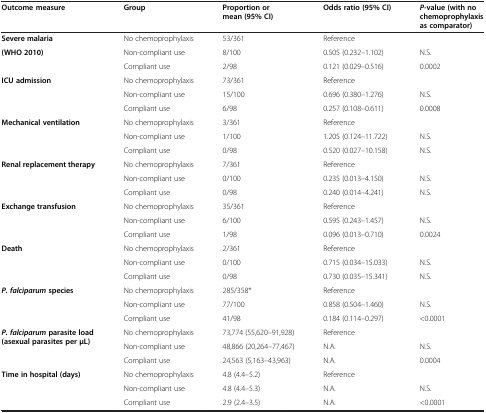
<table><thead><tr><td><b>Outcome measure</b></td><td><b>Group</b></td><td><b>Proportion or mean (95% CI)</b></td><td><b>Odds ratio (95% CI)</b></td><td><b><i>P</i>-value (with no chemoprophylaxis as comparator)</b></td></tr></thead><tbody><tr><td><b>Severe malaria</b></td><td>No chemoprophylaxis</td><td>53/361</td><td>Reference</td><td> </td></tr><tr><td rowspan="2"><b>(WHO 2010)</b></td><td>Non-compliant use</td><td>8/100</td><td>0.505 (0.232–1.102)</td><td>N.S.</td></tr><tr><td>Compliant use</td><td>2/98</td><td>0.121 (0.029–0.516)</td><td>0.0002</td></tr><tr><td rowspan="3"><b>ICU admission</b></td><td>No chemoprophylaxis</td><td>73/361</td><td>Reference</td><td> </td></tr><tr><td>Non-compliant use</td><td>15/100</td><td>0.696 (0.380–1.276)</td><td>N.S.</td></tr><tr><td>Compliant use</td><td>6/98</td><td>0.257 (0.108–0.611)</td><td>0.0008</td></tr><tr><td rowspan="3"><b>Mechanical ventilation</b></td><td>No chemoprophylaxis</td><td>3/361</td><td>Reference</td><td> </td></tr><tr><td>Non-compliant use</td><td>1/100</td><td>1.205 (0.124–11.722)</td><td>N.S.</td></tr><tr><td>Compliant use</td><td>0/98</td><td>0.520 (0.027–10.158)</td><td>N.S.</td></tr><tr><td rowspan="3"><b>Renal replacement therapy</b></td><td>No chemoprophylaxis</td><td>7/361</td><td>Reference</td><td> </td></tr><tr><td>Non-compliant use</td><td>0/100</td><td>0.235 (0.013–4.150)</td><td>N.S.</td></tr><tr><td>Compliant use</td><td>0/98</td><td>0.240 (0.014–4.241)</td><td>N.S.</td></tr><tr><td rowspan="3"><b>Exchange transfusion</b></td><td>No chemoprophylaxis</td><td>35/361</td><td>Reference</td><td> </td></tr><tr><td>Non-compliant use</td><td>6/100</td><td>0.595 (0.243–1.457)</td><td>N.S.</td></tr><tr><td>Compliant use</td><td>1/98</td><td>0.096 (0.013–0.710)</td><td>0.0024</td></tr><tr><td rowspan="3"><b>Death</b></td><td>No chemoprophylaxis</td><td>2/361</td><td>Reference</td><td> </td></tr><tr><td>Non-compliant use</td><td>0/100</td><td>0.715 (0.034–15.033)</td><td>N.S.</td></tr><tr><td>Compliant use</td><td>0/98</td><td>0.730 (0.035–15.341)</td><td>N.S.</td></tr><tr><td rowspan="3"><b><i>P. falciparum </i></b><b>species</b></td><td>No chemoprophylaxis</td><td>285/358*</td><td>Reference</td><td> </td></tr><tr><td>Non-compliant use</td><td>77/100</td><td>0.858 (0.504–1.460)</td><td>N.S.</td></tr><tr><td>Compliant use</td><td>41/98</td><td>0.184 (0.114–0.297)</td><td>&lt;0.0001</td></tr><tr><td rowspan="3"><b><i>P. falciparum </i></b><b>parasite load (asexual parasites per μL)</b></td><td>No chemoprophylaxis</td><td>73,774 (55,620–91,928)</td><td>Reference</td><td> </td></tr><tr><td>Non-compliant use</td><td>48,866 (20,264–77,467)</td><td>N.A.</td><td>N.S.</td></tr><tr><td>Compliant use</td><td>24,563 (5,163–43,963)</td><td>N.A.</td><td>0.0004</td></tr><tr><td rowspan="3"><b>Time in hospital (days)</b></td><td>No chemoprophylaxis</td><td>4.8 (4.4–5.2)</td><td>Reference</td><td> </td></tr><tr><td>Non-compliant use</td><td>4.8 (4.4–5.3)</td><td>N.A.</td><td>N.S.</td></tr><tr><td>Compliant use</td><td>2.9 (2.4–3.5)</td><td>N.A.</td><td>&lt;0.0001</td></tr></tbody></table>